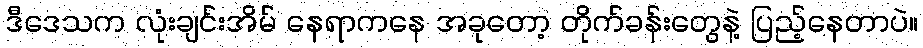
ဒီဒေသက လုံးချင်းအိမ် နေရာကနေ အခုတော့ တိုက်ခန်းတွေနဲ့ ပြည့်နေတာပဲ။